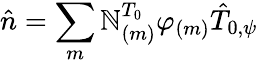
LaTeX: \hat{n}=\sum_{m}\mathbb{N}_{(m)}^{T_{0}}\varphi_{(m)}\hat{T}_{0,\psi}